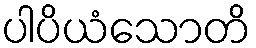
ပါပိယံသောတိ